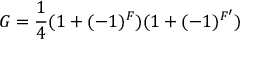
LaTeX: G = \frac { 1 } { 4 } ( 1 + ( - 1 ) ^ { F } ) ( 1 + ( - 1 ) ^ { F ^ { \prime } } )